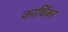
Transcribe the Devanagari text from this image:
कार्थिका